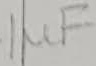
Text: 1µF